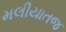
મલીયાતજ